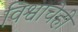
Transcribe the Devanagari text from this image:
विश्वाचेही